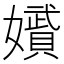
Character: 𭒪